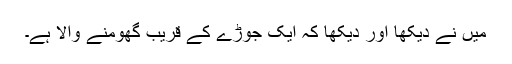
میں نے دیکھا اور دیکھا کہ ایک جوڑے کے قریب گھومنے والا ہے۔